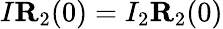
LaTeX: I{\mathbf R}_{2}(0)=I_{2}{\mathbf R}_{2}(0)